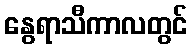
နွေရာသီကာလတွင်